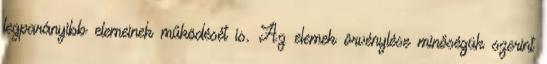
legparányibb elemeinek működését is. Az elemek örvénylése minőségük szerint